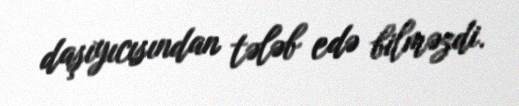
daşıyıcısından tələb edə bilməzdi.